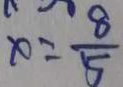
x = \frac { 8 } { 5 }